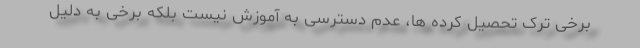
برخی ترک تحصیل کرده ها، عدم دسترسی به آموزش نیست بلکه برخی به دلیل